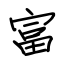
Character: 富